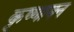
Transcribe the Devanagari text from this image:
कृष्‍णायन